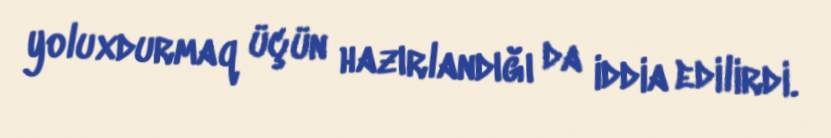
yoluxdurmaq üçün hazırlandığı da iddia edilirdi.